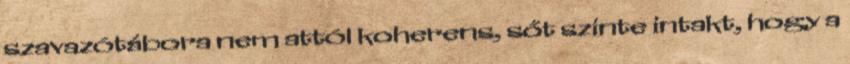
szavazótábora nem attól koherens, sőt szinte intakt, hogy a